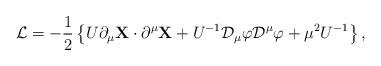
LaTeX: \begin{align*} {\cal L} = -{1\over 2}\left\{U\partial_\mu{\bf X}\cdot \partial^\mu {\bf X} + U^{-1}{\cal D}_\mu \varphi {\cal D}^\mu \varphi + \mu^2 U^{-1}\right\},\end{align*}